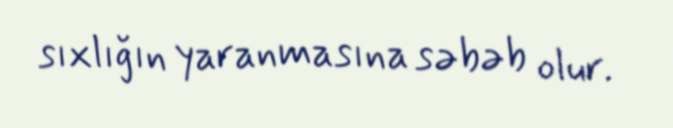
sıxlığın yaranmasına səbəb olur.